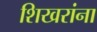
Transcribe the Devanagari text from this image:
शिखरांना